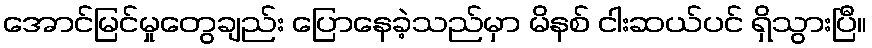
အောင်မြင်မှုတွေချည်း ပြောနေခဲ့သည်မှာ မိနစ် ငါးဆယ်ပင် ရှိသွားပြီ။